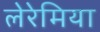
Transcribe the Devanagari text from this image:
लेरेमिया